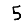
Digit: 5